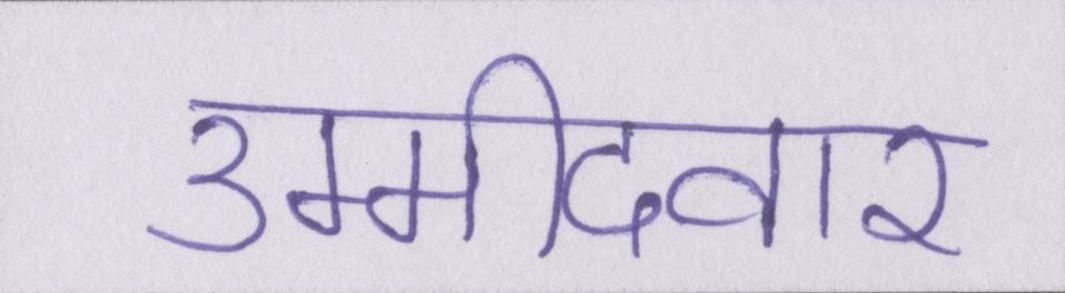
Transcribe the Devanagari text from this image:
उम्मीदवार